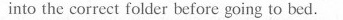
into the correct folder before going to bed.